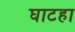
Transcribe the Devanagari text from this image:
घाटहा